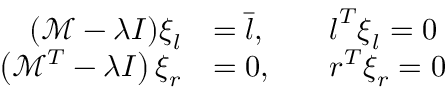
\begin{array} { r l r l } { ( \mathcal { M } - \lambda I ) \boldsymbol { \xi } _ { l } } & { = \bar { \boldsymbol { l } } , } & & { \boldsymbol { l } ^ { T } \boldsymbol { \xi } _ { l } = 0 } \\ { \left( \mathcal { M } ^ { T } - \lambda I \right) \boldsymbol { \xi } _ { r } } & { = 0 , } & & { \boldsymbol { r } ^ { T } \boldsymbol { \xi } _ { r } = 0 } \end{array}